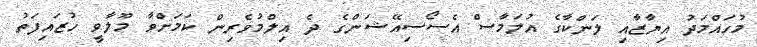
މުހައްމަދު އިޔާޒާއި ލަންކާގެ އުލަމާސް އެސޯސިއޭޝަންގެ ދެ އިލްމުވެރިން ކަމަށްވާ މޫލާވީ ހުޒައިފަތު